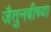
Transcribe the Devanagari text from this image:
जैतुनबीच्या